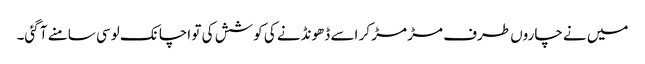
میں نے چاروں طرف مڑ مڑ کر اسے ڈھونڈنے کی کوشش کی تو اچانک لوسی سامنے آ گئی۔